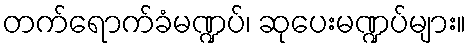
တက်ရောက်ခံမဏ္ဍပ်၊ ဆုပေးမဏ္ဍပ်များ။